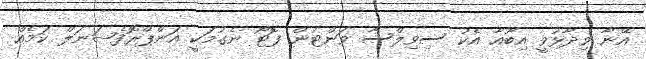
އޭނާ ވިދާޅުވީ އިބޫއާ އެކު ސިވިލްސާ ވަންޓުން ފޮޓޯ ނެގުމަކީ އަންޕްރޮފެޝަނަލް ކަމެއް